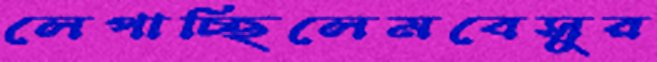
লেপাচ্ছিলেমবেসুর